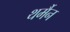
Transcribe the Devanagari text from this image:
थर्मैन